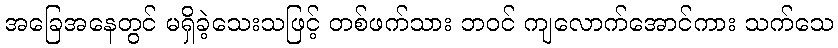
အခြေအနေတွင် မရှိခဲ့သေးသဖြင့် တစ်ဖက်သား ဘဝင် ကျလောက်အောင်ကား သက်သေ